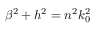
\beta ^ { 2 } + h ^ { 2 } = n ^ { 2 } k _ { 0 } ^ { 2 }